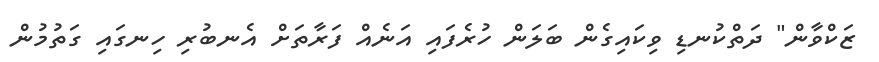
ޒަކްވާން" ދަތްކުނޑި ވިކައިގެން ބަލަން ހުރެފައި އަނެއް ފަރާތަށް އެނބުރި ހިނގައި ގަތުމުން